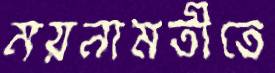
ময়নামতীতে